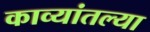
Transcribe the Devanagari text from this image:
काव्यांतल्या